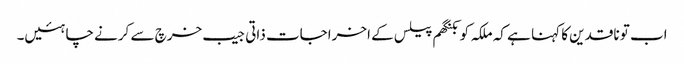
اب تو ناقدین کا کہنا ہے کہ ملکہ کو بکنگھم پیلس کے اخراجات ذاتی جیب خرچ سے کرنے چاہئیں۔